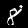
Label: 8